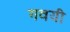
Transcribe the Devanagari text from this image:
गवयी